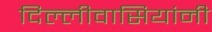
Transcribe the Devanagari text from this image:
दिल्लीवासियांनी